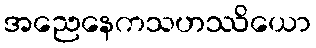
အညေနေကသဟဿိယော